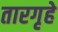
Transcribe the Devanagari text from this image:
तारगृहे